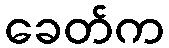
ခေတ်က